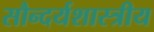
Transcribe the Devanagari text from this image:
सौन्दर्यशास्त्रीय